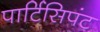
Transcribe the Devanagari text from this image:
पार्टिसिपंट